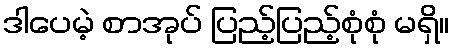
ဒါပေမဲ့ စာအုပ် ပြည့်ပြည့်စုံစုံ မရှိ။